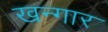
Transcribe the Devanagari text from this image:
खन्गार